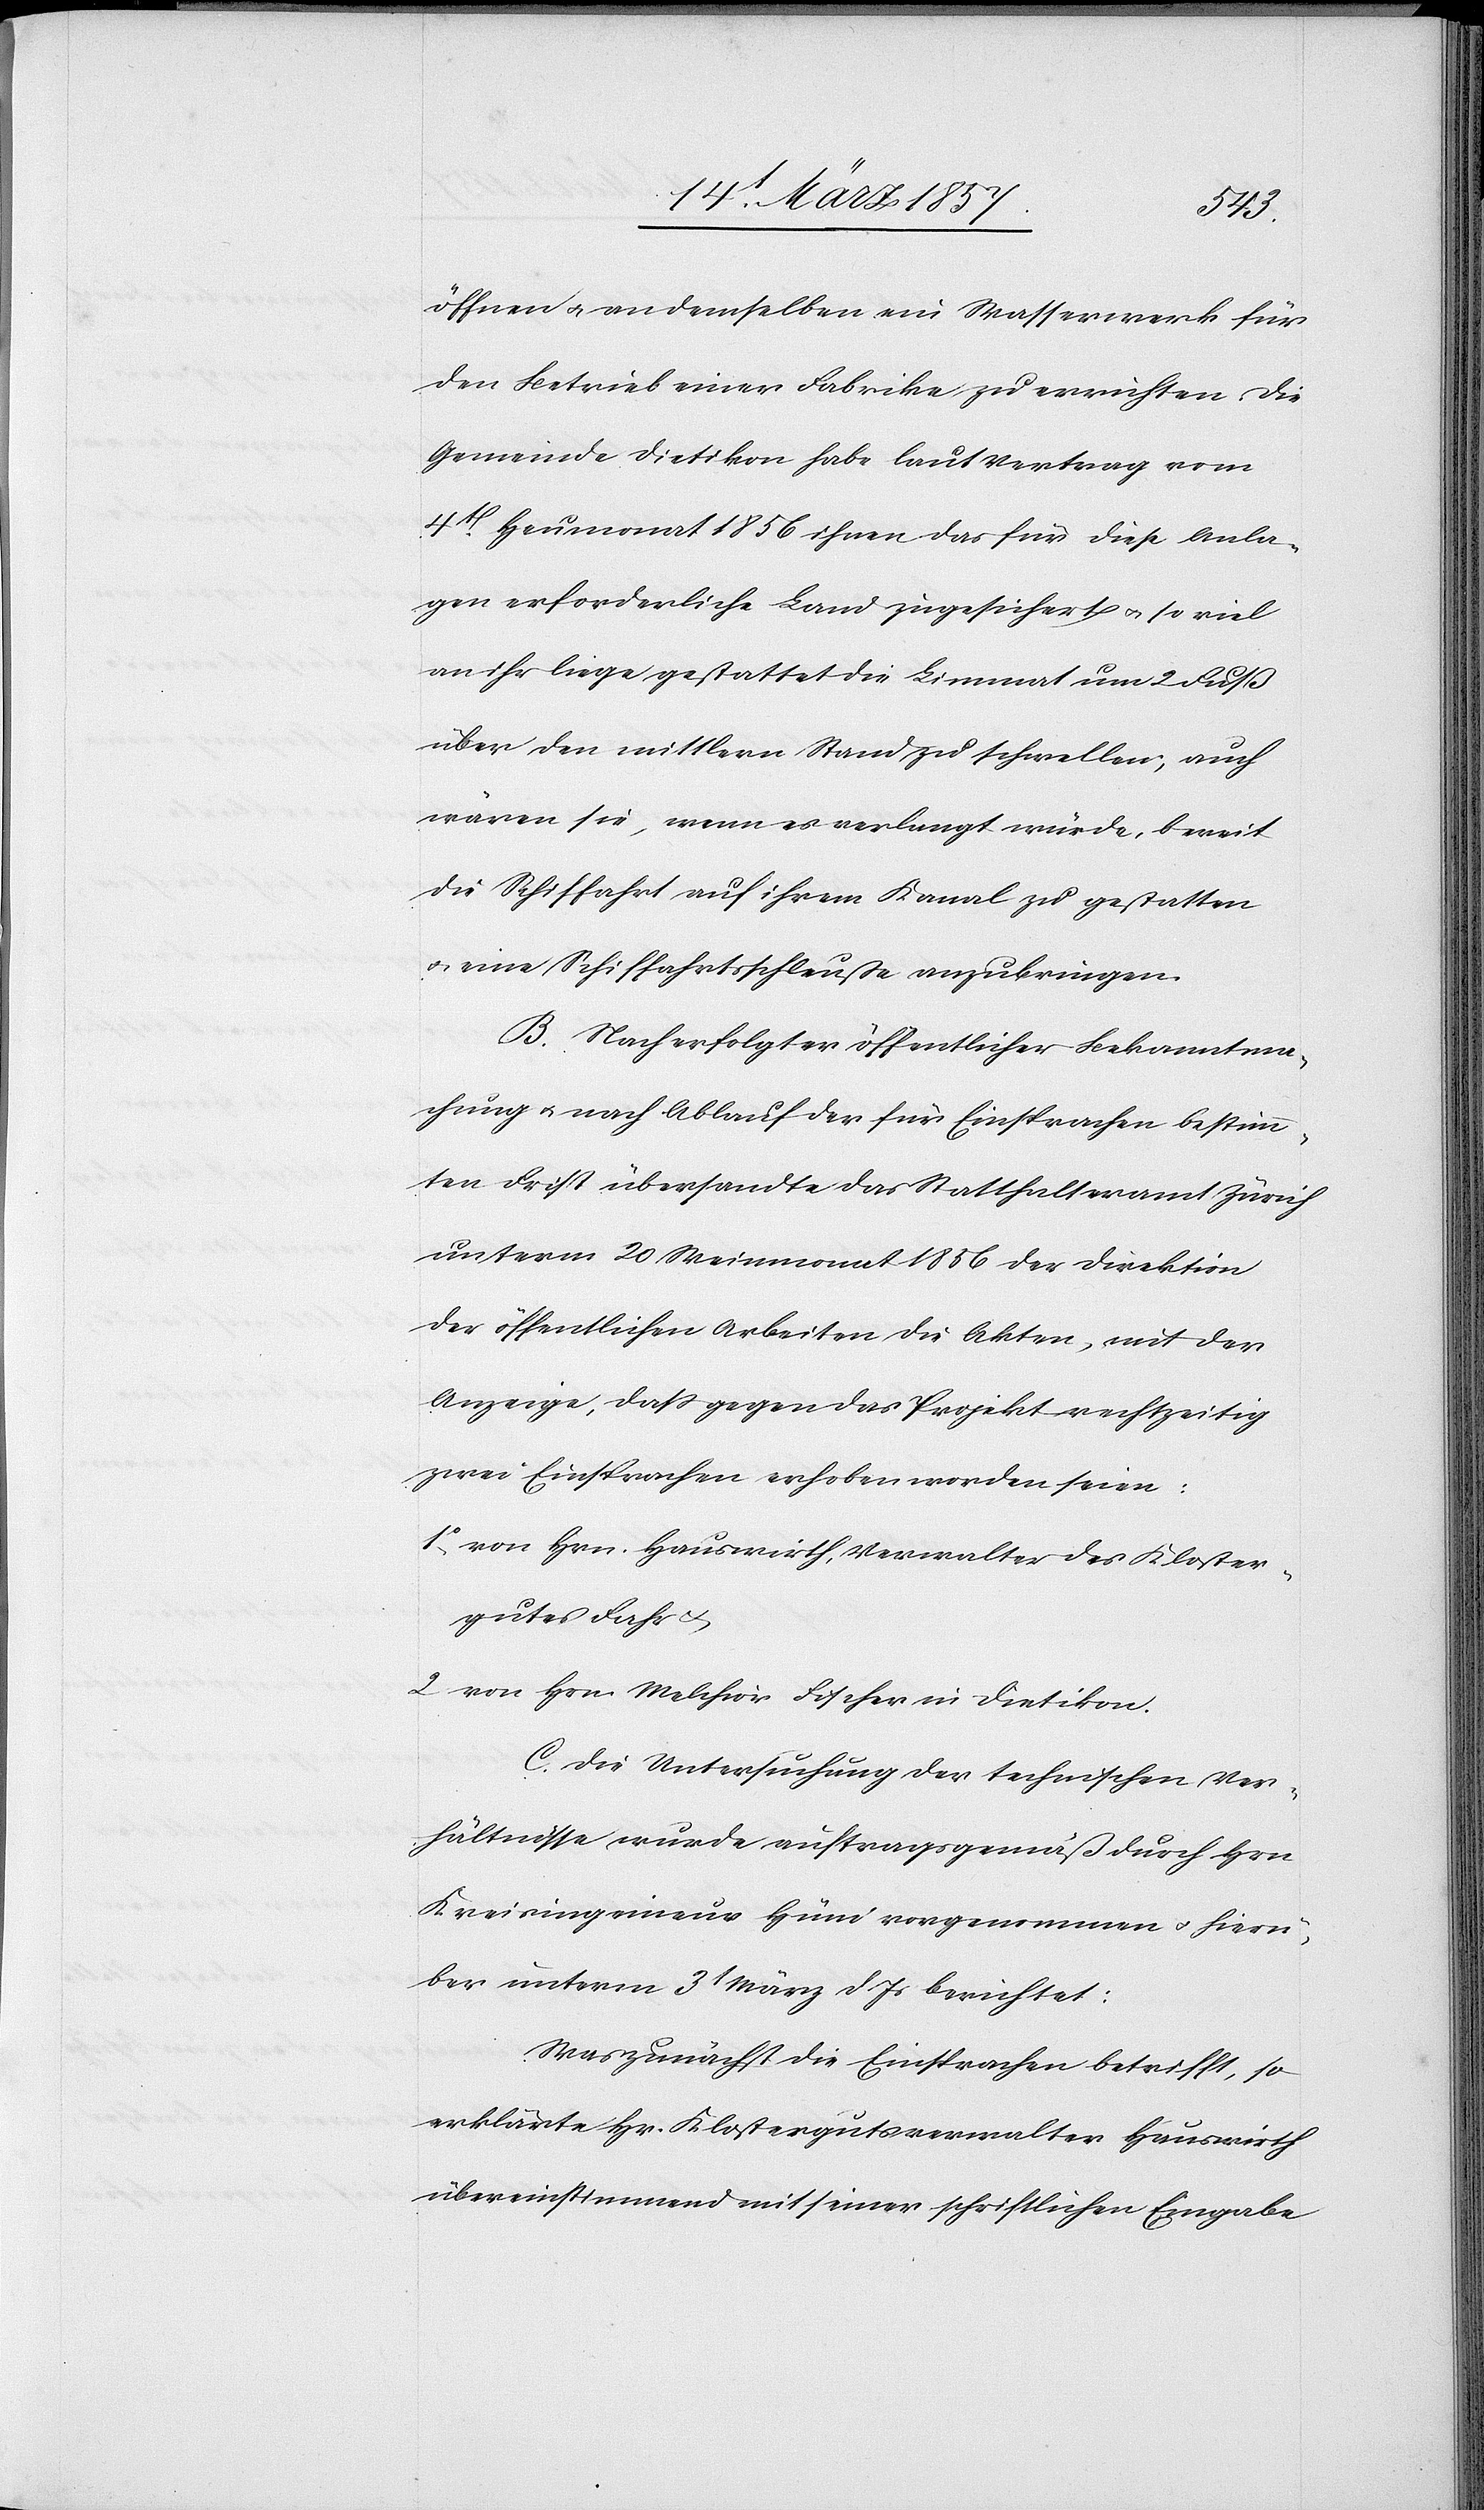
öffnen u. an demselben ein Wasserwerk für
den Betrieb einer Fabrike zu errichten. Die
Gemeinde Dietikon habe laut Vertrag vom
4t Heumonat 1856 ihnen das für diese Anla¬
gen erforderliche Land zugesichert u. so viel
an ihr liege gestattet die Limmat um 2 Fuß
über den mittlern Stand zu schwellen; auch
wären sie, wenn es verlangt würde, bereit
die Schiffahrt auf ihrem Kanal zu gestatten
u. eine Schiffahrtsschleusse anzubringen.
B. Nach erfolgter öffentlicher Bekanntma¬
chung u. nach Ablauf der für Einsprachen bestimm¬
ten Frist übersandte das Statthalteramt Zürich
unterm 20 Weinmonat 1856 der Direktion
der öffentlichen Arbeiten die Akten, mit der
Anzeige, dass gegen das Projekt rechtzeitig
zwei Einsprachen erhoben worden seien:
1o von Hrn. Hauswirth, Verwalter des Kloster¬
gutes Fahr u.
2 von Hrn. Melchior Fischer in Dietikon.
C. Die Untersuchung der technischen Ver¬
hältnisse wurde auftragsgemäß durch Hrn.
Kreisingenieur Hüni vorgenommen u. hierü¬
ber unterm 3t März d. Js berichtet:
Was zunächst die Einsprachen betrifft, so
erklärte Hr. Klostergutsverwalter Hauswirth
übereinstimmend mit seiner schriftlichen Eingabe